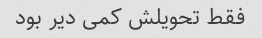
فقط تحویلش کمی دیر بود